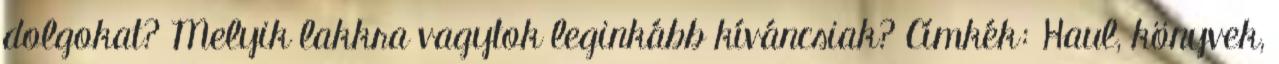
dolgokat? Melyik lakkra vagytok leginkább kíváncsiak? Címkék: Haul, könyvek,